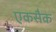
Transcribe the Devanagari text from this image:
एकसैक